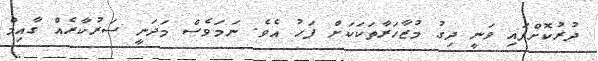
ދުރުކޮށްފައި ވަނީ ދިގު މުޒާހަރާތަކަކަށް ފަހު އެވެ. ނަމަވެސް މަދަނީ ސަރުކާރެއް ގާއިމް